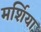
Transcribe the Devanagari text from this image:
मर्शिया